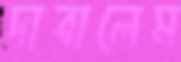
দাবালেম